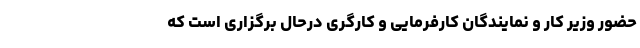
حضور وزیر کار و نمایندگان کارفرمایی و کارگری درحال برگزاری است که